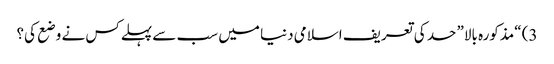
3) “مذکورہ بالا” حد کی تعریف اسلامی دنیا میں سب سے پہلےکس نے وضع کی؟